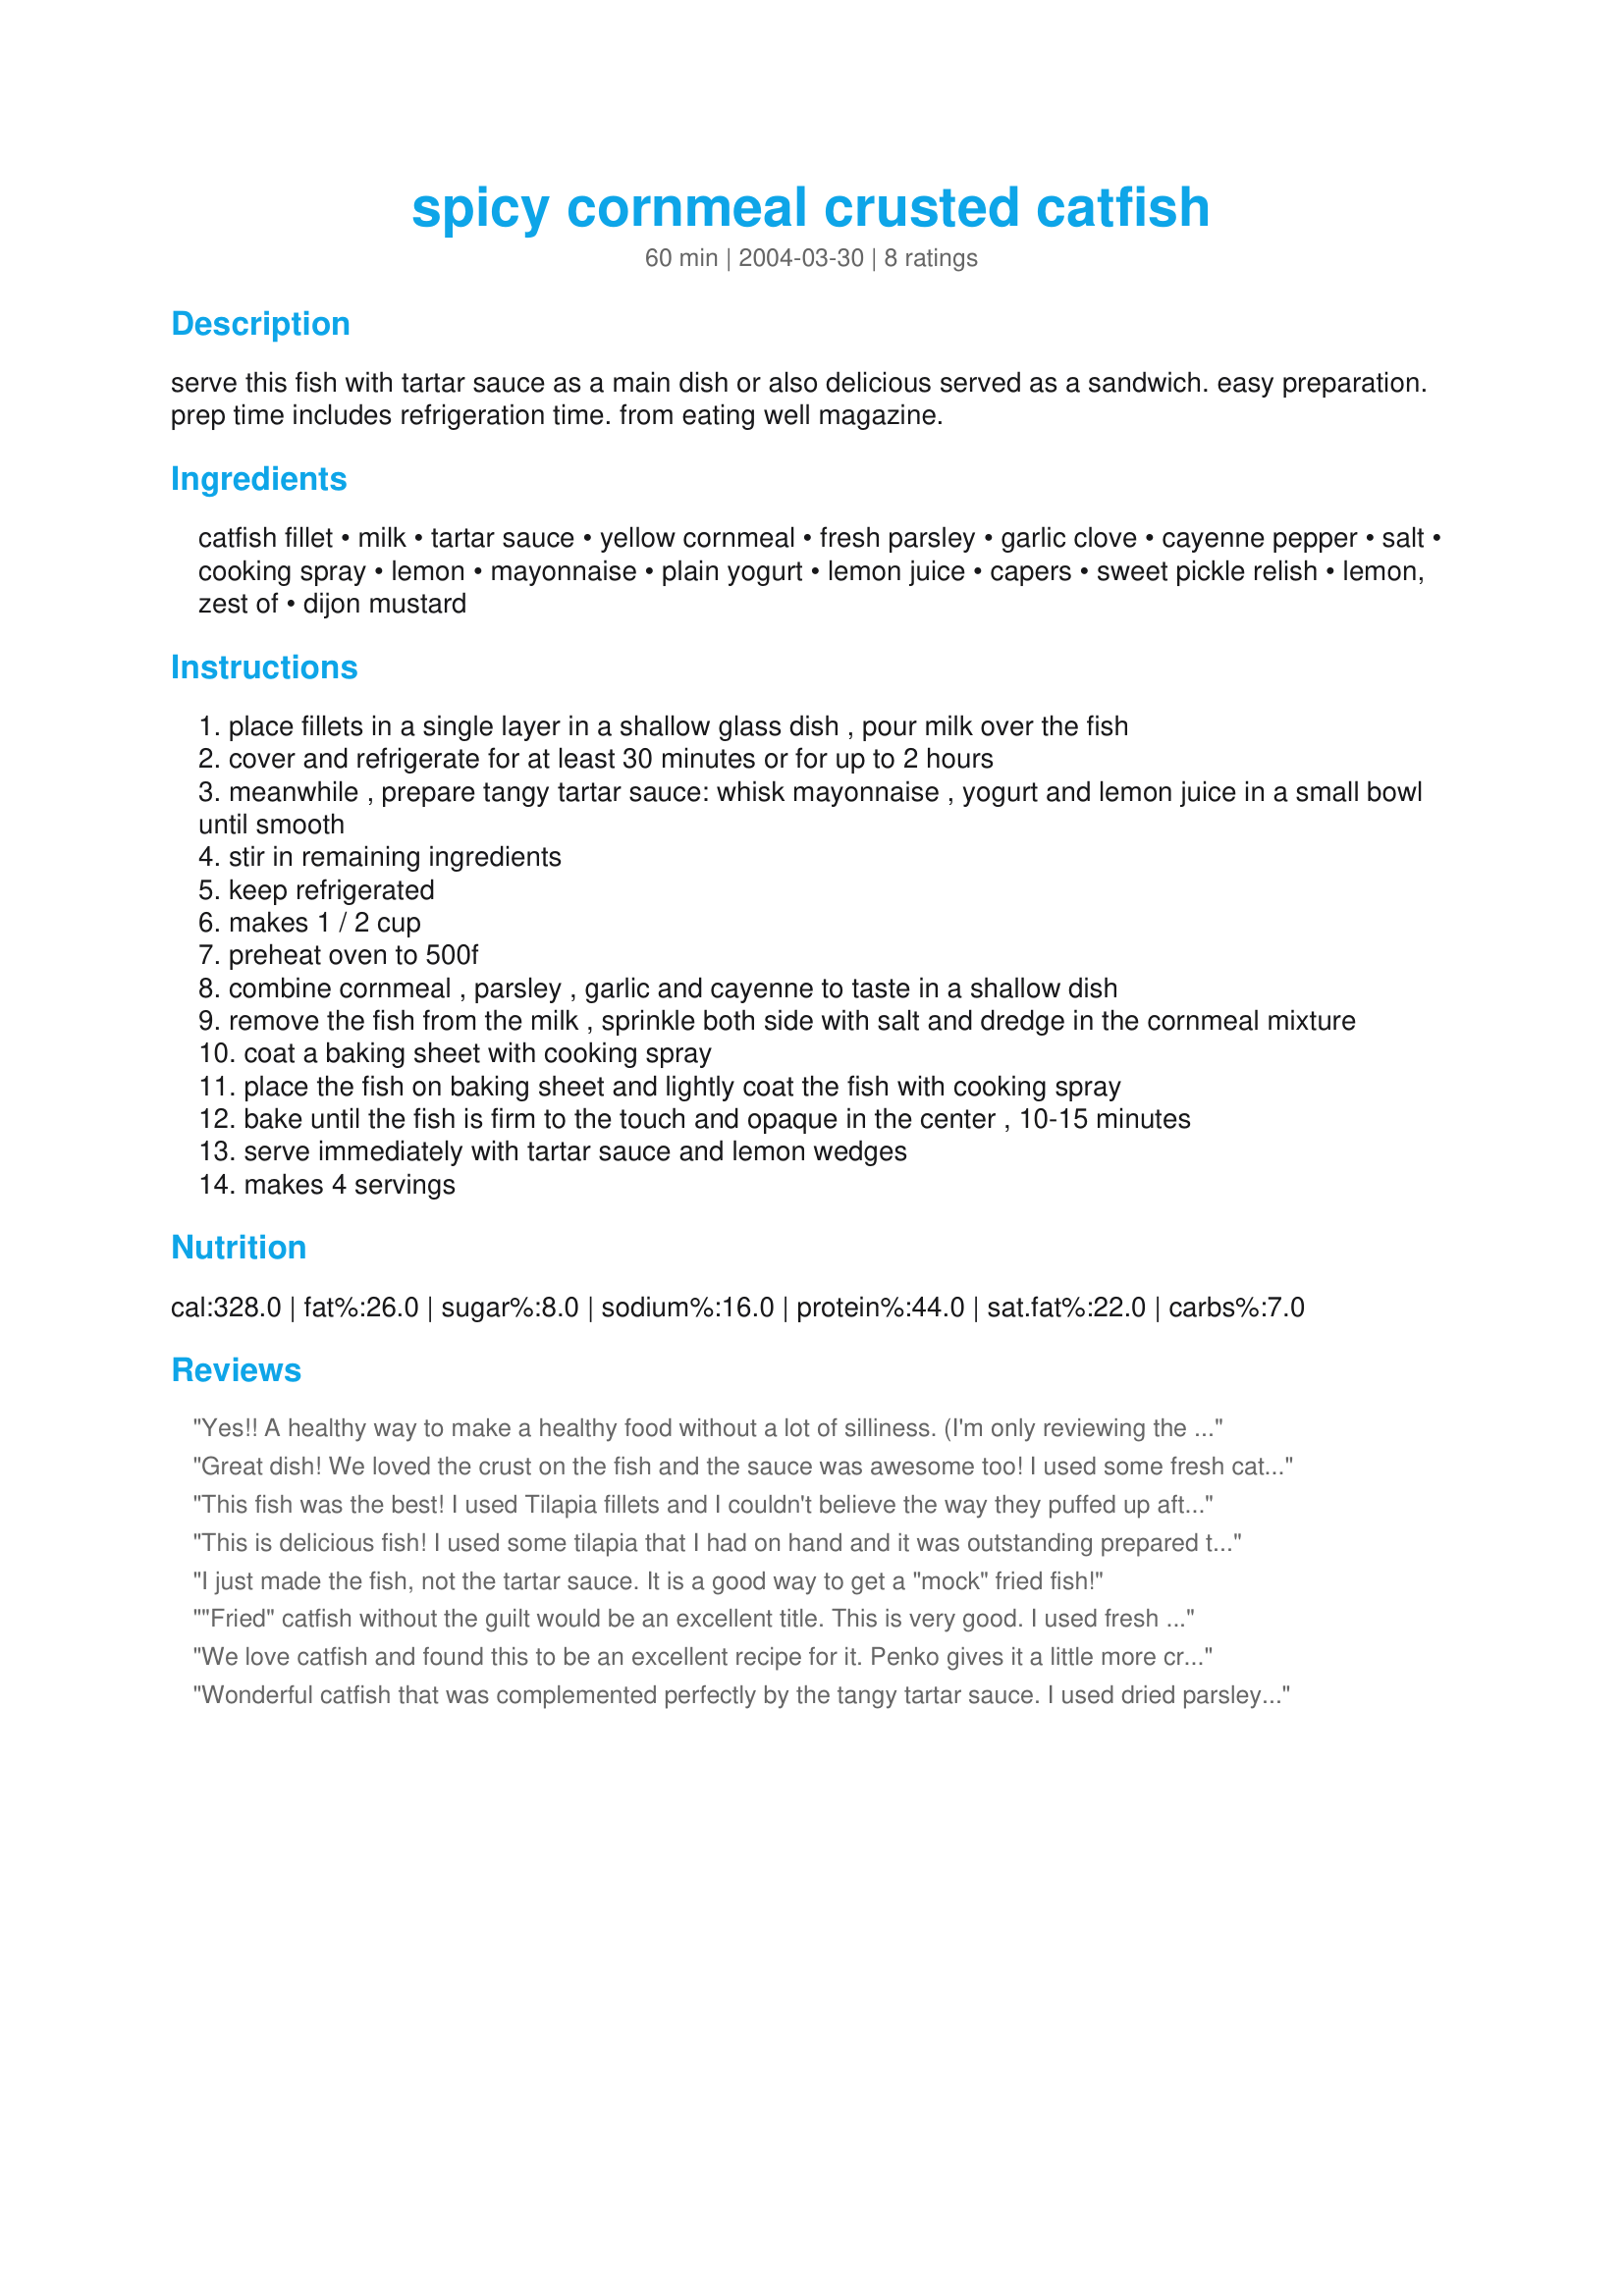
spicy cornmeal crusted catfish
Preparation time: 60 minutes

serve this fish with tartar sauce as a main dish or also delicious served as a sandwich. easy preparation. prep time includes refrigeration time. from eating well magazine.

Ingredients:
catfish fillet, milk, tartar sauce, yellow cornmeal, fresh parsley, garlic clove, cayenne pepper, salt, cooking spray, lemon, mayonnaise, plain yogurt, lemon juice, capers, sweet pickle relish, lemon, zest of, dijon mustard

Steps:
place fillets in a single layer in a shallow glass dish , pour milk over the fish
cover and refrigerate for at least 30 minutes or for up to 2 hours
meanwhile , prepare tangy tartar sauce: whisk mayonnaise , yogurt and lemon juice in a small bowl until smooth
stir in remaining ingredients
keep refrigerated
makes 1 / 2 cup
preheat oven to 500f
combine cornmeal , parsley , garlic and cayenne to taste in a shallow dish
remove the fish from the milk , sprinkle both side with salt and dredge in the cornmeal mixture
coat a baking sheet with cooking spray
place the fish on baking sheet and lightly coat the fish with cooking spray
bake until the fish is firm to the touch and opaque in the center , 10-15 minutes
serve immediately with tartar sauce and lemon wedges
makes 4 servings

Reviews:
Yes!! A healthy way to make a healthy food without a lot of silliness. (I'm only reviewing the fish here, I didn't make the sauce...yet.)

I didn't have fresh parsely so I used some dried; I'm looking forward to doing it with fresh when I have the chance.

I used a coarsely ground cornmeal from Bob's Red Mill which made a very crunchy crust, which contrasted so wonderfully with the tender fish. This one's a catch! ;-)
Great dish! We loved the crust on the fish and the sauce was awesome too! I used some fresh catfish, and it can't be beat!
This fish was the best! I used Tilapia fillets and I couldn't believe the way they puffed up after soaking in the milk. What a great tip! The coating stayed on great and turned out golden and crispy. I ate them three nights in a row and they were even better the second and third nights when I put them under the broiler to heat and crisp them. I will definitely make this again. Thanks for a great recipe!
This is delicious fish! I used some tilapia that I had on hand and it was outstanding prepared this way. I used 3/4 tsp of cayenne and it had a great little kick. I did make the tartar sauce and it was a great accompaniment. This made a wonderful quick and easy fish dish with ingredients I always have on hand - thanks for posting the recipe!
I just made the fish, not the tartar sauce. It is a good way to get a "mock" fried fish!
"Fried" catfish without the guilt would be an excellent title. This is very good. I used fresh cilantro, omited the capers and chopped a sweet pickle instead of the relish. The fish was done and lightly brown at 12 minutes.
We love catfish and found this to be an excellent recipe for it. Penko gives it a little more crunch and substituting the milk with buttermilk gives the breading more flavor and fullness. Great recipe.
Wonderful catfish that was complemented perfectly by the tangy tartar sauce. I used dried parsley and part masa harina for some of the yellow cornmeal in the coating, and reduced fat mayo worked well in the sauce. I ate a half pound of catfish all by myself for cryin' out loud! Thanks very much.
